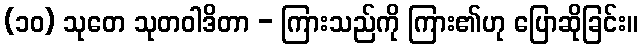
(၁၀) သုတေ သုတဝါဒိတာ - ကြားသည်ကို ကြား၏ဟု ပြောဆိုခြင်း။